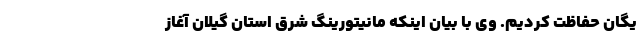
یگان حفاظت کردیم. وی با بیان اینکه مانیتورینگ شرق استان گیلان آغاز